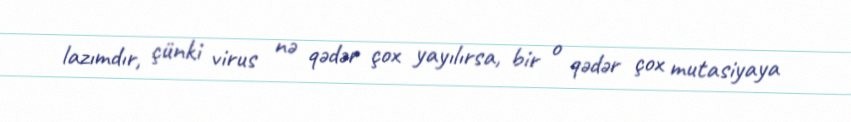
lazımdır, çünki virus nə qədər çox yayılırsa, bir o qədər çox mutasiyaya